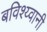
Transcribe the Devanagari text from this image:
बविश्य्वानी